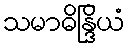
သမာဓိန္ဒြိယံ